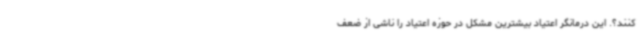
کنند؟. این درمانگر اعتیاد بیشترین مشکل در حوزه اعتیاد را ناشی از ضعف